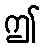
ဤ